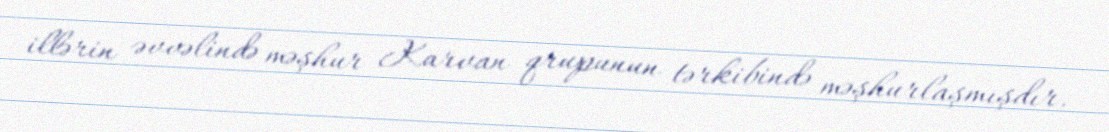
illərin əvvəlində məşhur Karvan qrupunun tərkibində məşhurlaşmışdır.